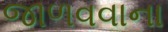
જાળવવાના